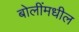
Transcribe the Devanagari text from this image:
बोलींमधील